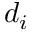
d _ { i }